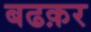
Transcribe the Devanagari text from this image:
बढक़र